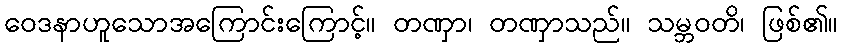
ဝေဒနာဟူသောအကြောင်းကြောင့်။ တဏှာ၊ တဏှာသည်။ သမ္ဘဝတိ၊ ဖြစ်၏။